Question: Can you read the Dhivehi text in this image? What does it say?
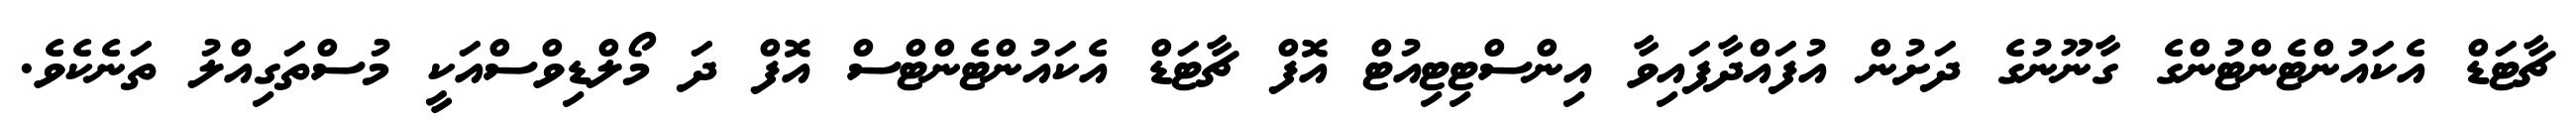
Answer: ޗާޓަޑް އެކައުންޓެންޓުންގެ ގާނޫނުގެ ދަށުން އުފައްދާފައިވާ އިންސްޓިޓިއުޓް އޮފް ޗާޓަޑް އެކައުންޓެންޓްސް އޮފް ދަ މޯލްޑިވްސްއަކީ މުސްތަގިއްލު ތަނެކެވެ.